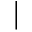
|